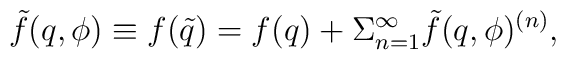
\tilde f(q,\phi )\equiv f(\tilde q)=f(q)+\Sigma _{n=1}^\infty \tilde f(q,\phi )^{(n)},